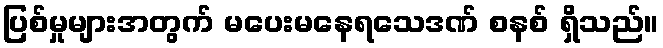
ပြစ်မှုများအတွက် မပေးမနေရသေဒဏ် စနစ် ရှိသည်။